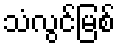
သံလွင်မြစ်